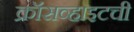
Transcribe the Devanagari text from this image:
क्रॉसव्हाइटची